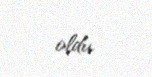
oldu.